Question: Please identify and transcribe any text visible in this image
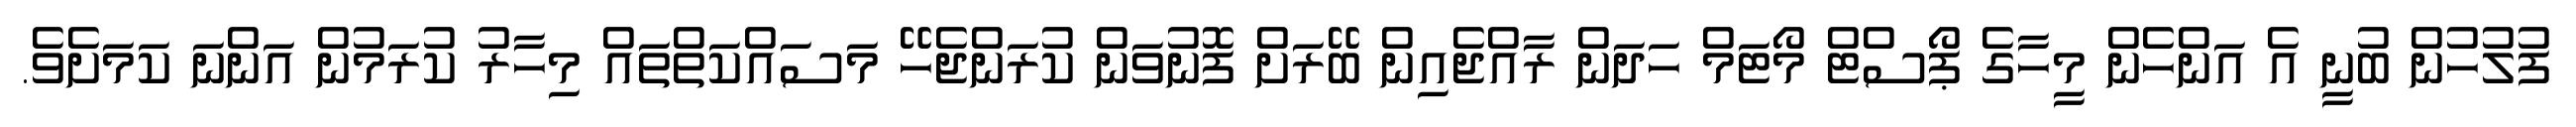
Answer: ފުލުހުން ބުނީ އެ އަންހެން މީހާގެ ޕޯސްޓް މޯޓަމް ހަދަން ރާއްޖެއިން ބޭރަށް ފޮނުވަން ކުރަންޖެހޭ މަސައްކަތްތައް މިހާރު ކުރަމުން އަންނަ ކަމަށެވެ.